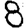
Digit: 8